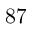
8 7